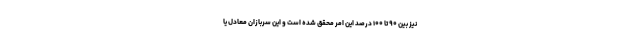
نیز بین ۹۰ تا ۱۰۰ درصد این امر محقق شده است و این سربازان معادل یا